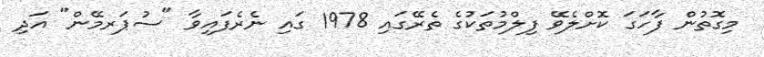
މިގޮތުން ފާހަގަ ކޮށްލެވޭ ފިލްމުތަކުގެ ތެރޭގައި 1978 ގައި ނެރެފައިވާ "ސުޕަރމޭން" އަދި